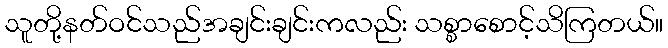
သူတို့နတ်ဝင်သည်အချင်းချင်းကလည်း သစ္စာစောင့်သိကြတယ်။